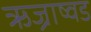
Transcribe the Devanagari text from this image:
ऋज्राष्वड